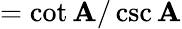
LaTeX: ={\cot\mathbf{A}/\csc\mathbf{A}}